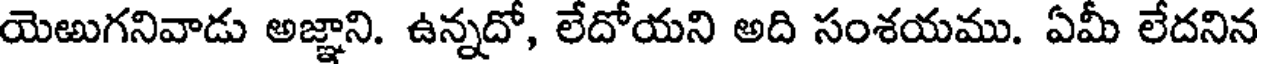
యెఱుగనివాడు అజ్ఞాని. ఉన్నదో, లేదోయని అది సంశయము. ఏమీ లేదనిన